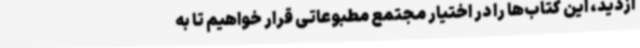
ازدید، این کتاب‌ها را در اختیار مجتمع مطبوعاتی قرار خواهیم تا به